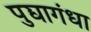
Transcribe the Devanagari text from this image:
पुद्यागंधा